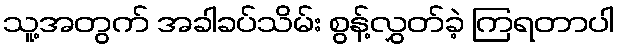
သူ့အတွက် အခါခပ်သိမ်း စွန့်လွှတ်ခဲ့ ကြရတာပါ